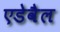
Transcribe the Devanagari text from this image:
एडेवैल